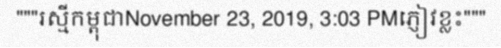
"""រស្មីកម្ពុជាNovember 23, 2019, 3:03 PMភ្ញៀវខ្លះ"""